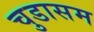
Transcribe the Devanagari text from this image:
चुडासम